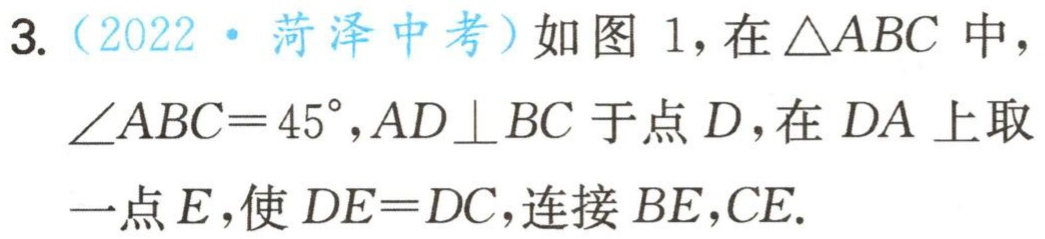
3.（2022·菏泽中考）如图1，在\(\triangle ABC\)中，\(\angle ABC = 45^{\circ}\)，\(AD\perp BC\)于点\(D\)，在\(DA\)上取一点\(E\)，使\(DE = DC\)，连接\(BE\)，\(CE\).